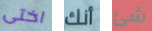
اختى أنك شئ